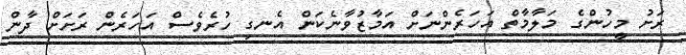
ރަށު މީހުންގެ މަލާމާތް އަހަރެންނަށް އަމާޒުވާނެކަން އެނގި ހުރެވެސް އަހަރެން ރަށަށް ދާން